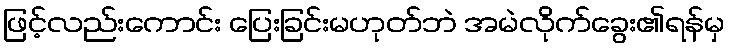
ဖြင့်လည်းကောင်း ပြေးခြင်းမဟုတ်ဘဲ အမဲလိုက်ခွေး၏ရန်မှ